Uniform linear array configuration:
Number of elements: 12
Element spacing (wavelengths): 0.5
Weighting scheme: blackman
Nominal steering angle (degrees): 15
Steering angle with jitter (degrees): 16.425
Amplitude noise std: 0.05
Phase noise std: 0.05

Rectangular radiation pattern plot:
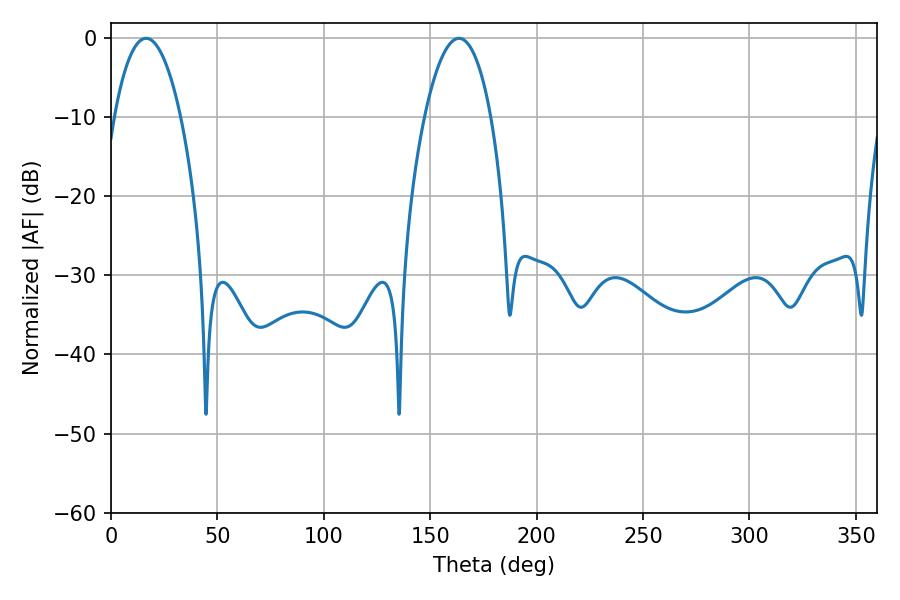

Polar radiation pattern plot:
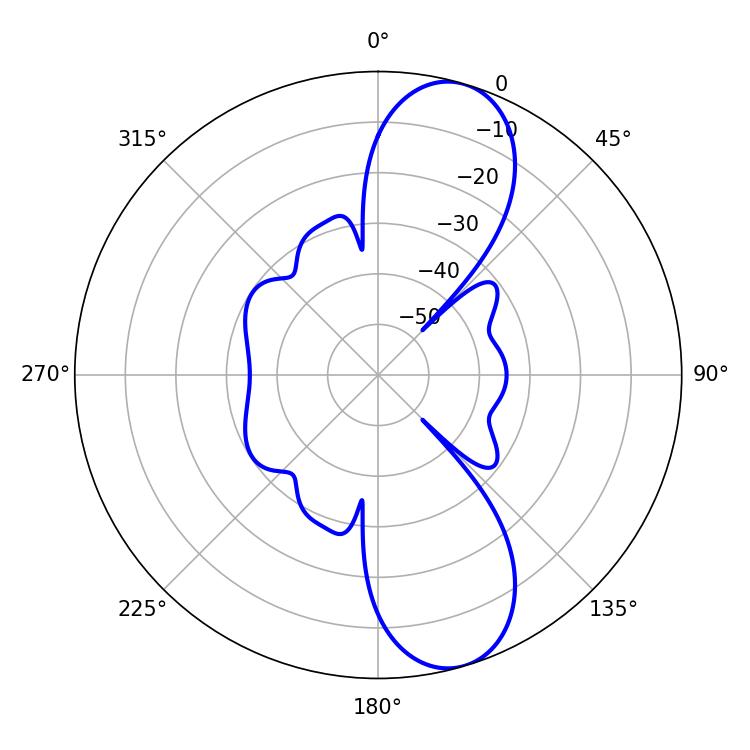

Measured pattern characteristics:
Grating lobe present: FALSE
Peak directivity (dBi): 10.345
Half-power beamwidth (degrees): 17.46
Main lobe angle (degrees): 16.56